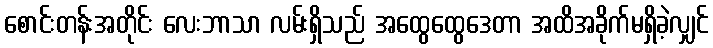
စောင်းတန်းအတိုင်း လေးဘာသာ လမ်းရှိသည် အထွေထွေဒေတာ အထိအခိုက်မရှိခဲ့လျှင်